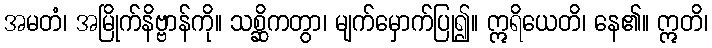
အမတံ၊ အမြိုက်နိဗ္ဗာန်ကို။ သစ္ဆိကတွာ၊ မျက်မှောက်ပြု၍။ ဣရိယေတိ၊ နေ၏။ ဣတိ၊